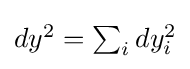
{\textstyle dy^{2}=\sum _{i}dy_{i}^{2}}